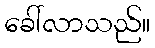
ခေါ်လာသည်။